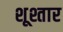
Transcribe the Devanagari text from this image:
शूश्तार